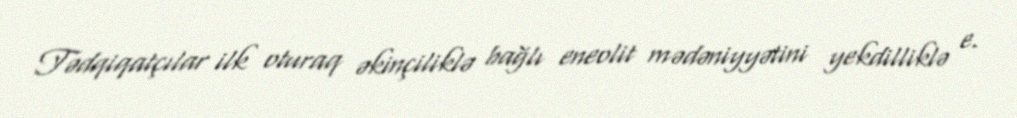
Tədqiqatçılar ilk oturaq əkinçiliklə bağlı eneolit mədəniyyətini yekdilliklə e.